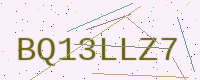
Text: BQ13LLZ7